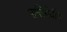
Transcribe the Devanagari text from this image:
मातियेवीण